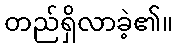
တည်ရှိလာခဲ့၏။